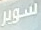
سوبر